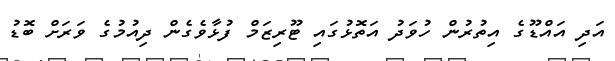
އަދި އައްޑޫގެ އިތުރުން ހުވަދު އަތޮޅުގައި ޓޫރިޒަމް ފުޅާވެގެން ދިއުމުގެ ވަރަށް ބޮޑު